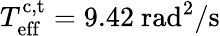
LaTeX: T_{\mathrm{eff}}^{\mathrm{c,t}}=9.42\ \mathrm{rad}^{2}/\mathrm{s}